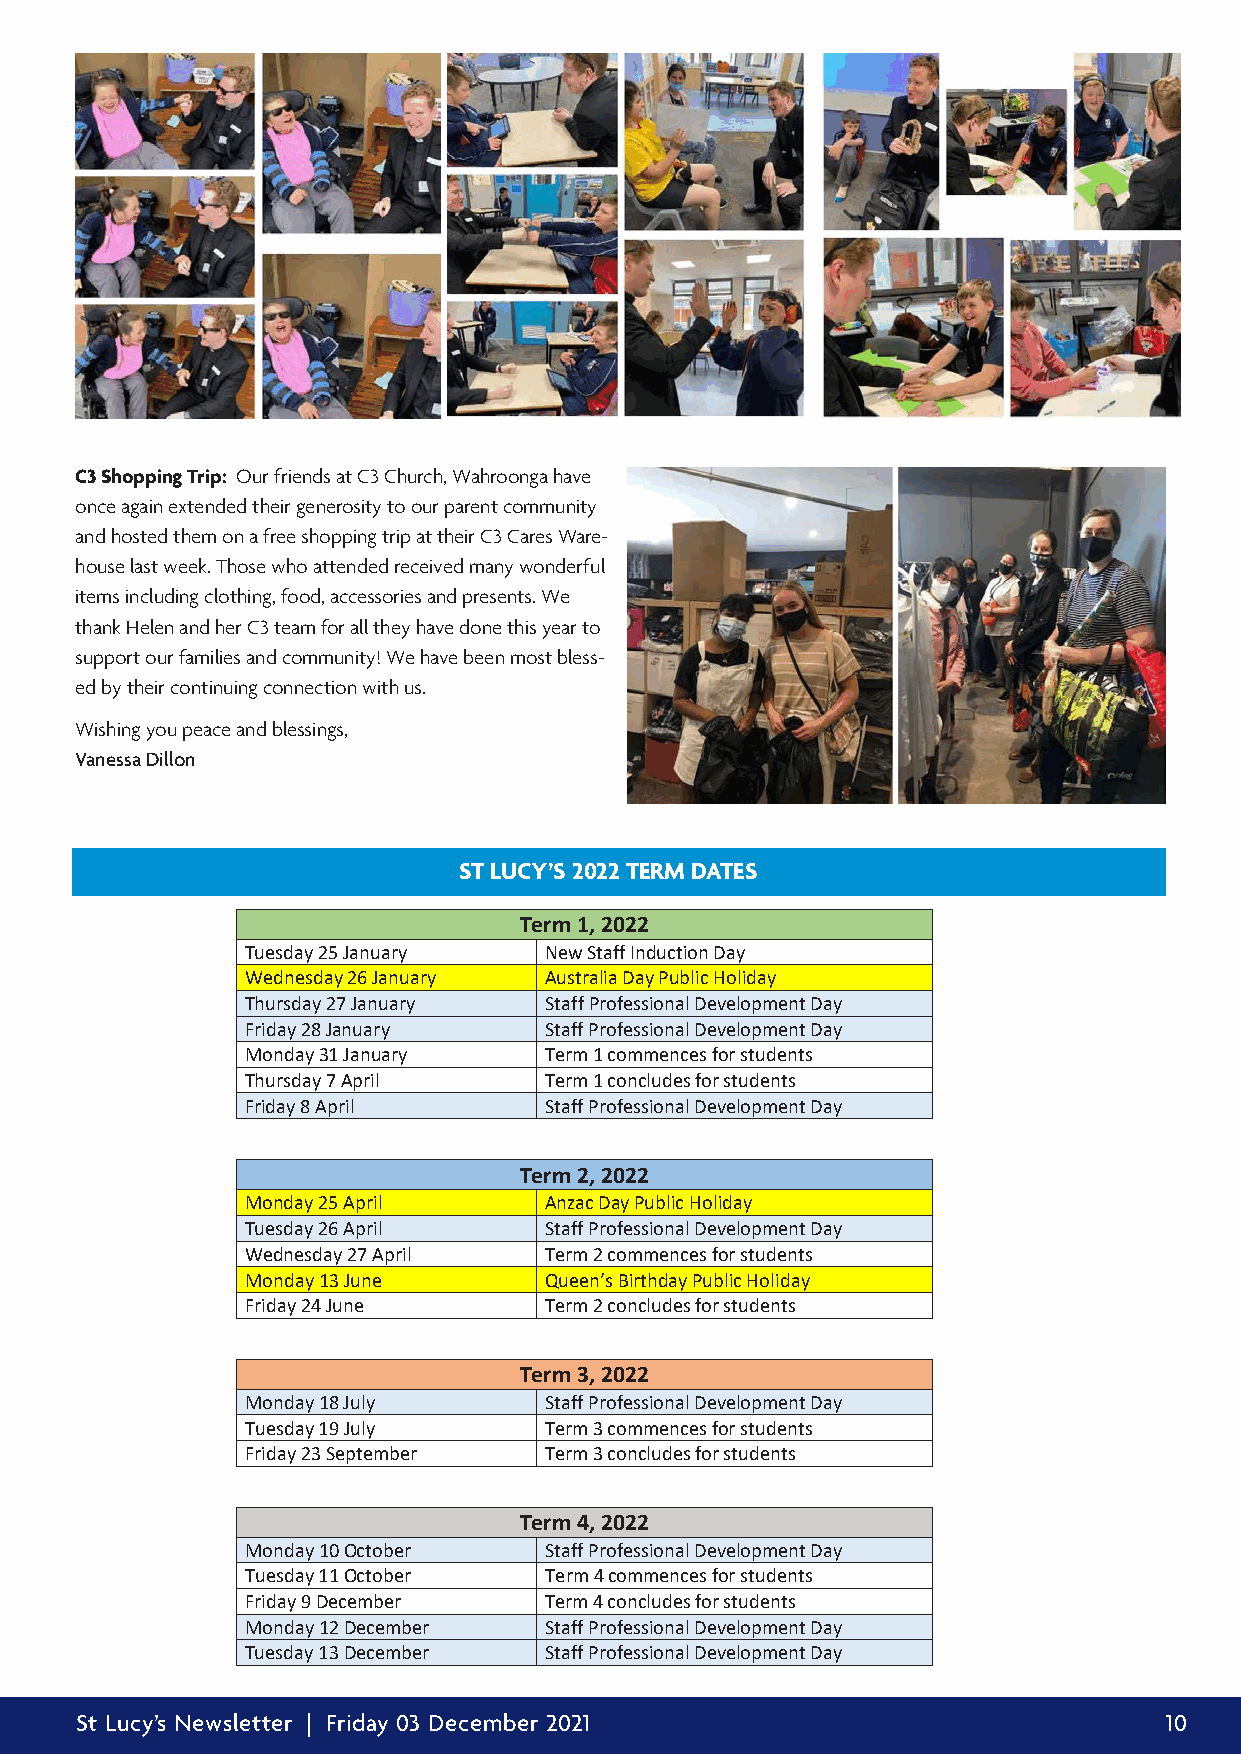
C3 Shopping Trip: Our friends at C3 Church, Wahroonga have
 once again extended their generosity to our parent community
 and hosted them on a free shopping trip at their C3 Cares Ware-
 house last week. Those who attended received many wonderful
 items including clot hing, food, accessories and presents. We
 thank Helen and her C3 team for all they have done this year to
 support our families and community! We have been most bless-
 ed by their continuing connection w ith us.
 Wishing you peace and blessings,
 Vanessa Dillon
 St Lucy’s School 2022 Term Dates
 & Staff Professional Development Days
 ST LUCY’S 2022 TERM DATES
 Term 1, 2022
 Tuesday 25 January  New Staff Induction Day
 Wednesday 26 January Australia Day Public Holiday
 Thursday 27 January Staff Professional Development Day
 Friday 28 January   Staff Professional Development Day
 Monday 31 January   Term 1 commences for students
 Thursday 7 April    Term 1 concludes for students
 Friday 8 April      Staff Professional Development Day
 Term 2, 2022
 Monday 25 April     Anzac Day Public Holiday
 Tuesday 26 April    Staff Professional Development Day
 Wednesday 27 April  Term 2 commences for students
 Monday 13 June      Queen’s Birthday Public Holiday
 Friday 24 June      Term 2 concludes for students
 Term 3, 2022
 Monday 18 July      Staff Professional Development Day
 Tuesday 19 July     Term 3 commences for students
 Friday 23 September Term 3 concludes for students
 Term 4, 2022
 Monday 10 October   Staff Professional Development Day
 Tuesday 11 October  Term 4 commences for students
 Friday 9 December   Term 4 concludes for students
 Monday 12 December  Staff Professional Development Day
 Tuesday 13 December Staff Professional Development Day
 St Lucy’s Newsletter | Friday 03 December 2021                          10